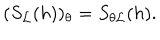
( S _ { \cal L } ( h ) ) _ { \theta } = S _ { \theta { \cal L } } ( h ) .